Insane asylums in Bengal annual reports 1867-1875 - 1867-1875
Year: 1867
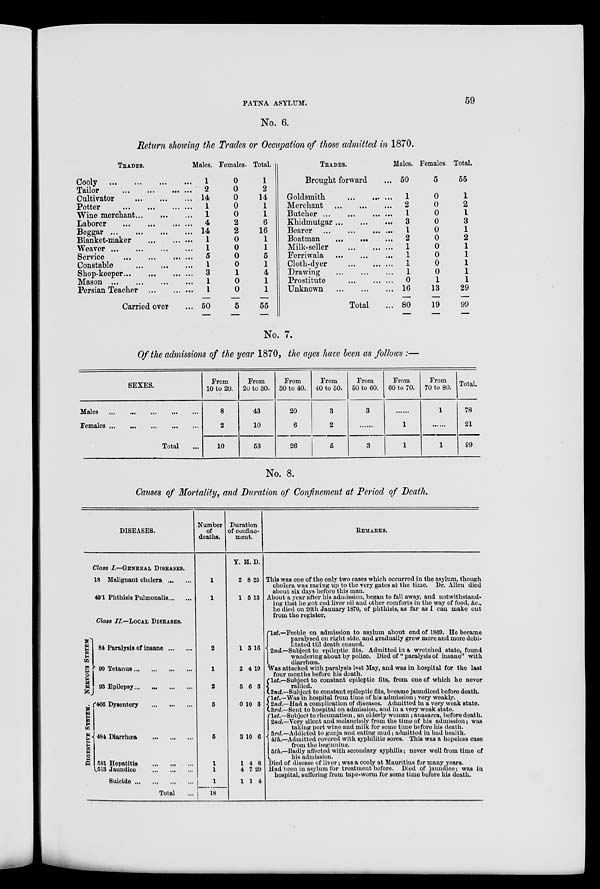
PATNA ASYLUM.
59
No. 6.
Return showing the Trades or Occupation of those admitted in 1870.
TRADES.
Cooly ... ... ... ...
Tailor ... ... ... ...
Cultivator ... ... ...
Potter ... ... ... ...
Wine merchant ... ... ...
Laborer ... ... ... ...
Beggar ... ... ... ...
Blanket-maker ... ... ...
Weaver ... ... ... ...
Service ... ... ... ...
Constable ... ... ... ...
Shop-keeper ... ... ... ...
Mason ... ... ... ...
Persian Teacher ... ... ...
Carried over ...
Males.
1
2
14
1
1
4
14
1
1
5
1
3
1
1
50
Females.
0
0
0
0
0
2
2
0
0
0
0
1
0
0
5
Total.
1
2
14
1
1
6
16
1
1
5
1
4
1
1
55
TRADES.
Brought forward ...
Goldsmith ... ... ...
Merchant ... ... ...
Butcher ... ... ... ...
Khidmutgar ... ... ...
Bearer ... ... ... ...
Boatman ... ... ...
Milk-seller ... ... ...
Ferriwala ... ... ...
Cloth-dyer ... ... ...
Drawing ... ... ...
Prostitute ... ... ...
Unknown ... ... ...
Total ...
Males.
50
1
2
1
3
1
2
1
1
1
1
0
16
80
Females.
5
0
0
0
0
0
0
0
0
0
0
1
13
19
Total.
55
1
2
1
3
1
2
1
1
1
1
1
29
99
No. 7.
Of the admissions of the year 1870, the ages have been as follows :—
SEXES.
Males
...
...
...
...
...
Females
...
...
...
...
...
Total ...
From
10 to 20.
8
2
10
From
20 to 30.
43
10
53
From
30 to 40.
20
6
26
From
40 to 50.
3
2
5
From
50 to 60.
3
......
3
From
60 to 70.
......
1
1
From
70 to 80.
1
......
1
Total.
78
21
99
No. 8.
Causes of Mortality, and Duration of Confinement at Period of Death.
DISEASES.
Class I.—GENERAL DISEASES.
18 Malignant cholera ... ...
49.1 Phthisis Pulmonalis ... ...
Class II—LOCAL DISEASES.
NERVOUS SYSTEM
DIGESTIVE
SYSTEM.
84 Paralysis of insane ... ...
90 Tetanus ... ... ... ...
93 Epilepsy...
...
...
...
466 Dysentery
...
...
...
484 Diarrhœa
...
...
...
501 Hepatitis
...
...
...
513 Jaundice
...
...
...
Suicide ... ... ... ...
Total ...
Number
of
deaths.
1
1
2
1
2
3
5
1
1
1
18
Duration
of confine-
ment.
Y.
2
1
1
2
5
0
3
1
4
1
M.
8
5
3
4
6
10
10
4
7
1
D.
25
13
16
19
3
3
6
8
29
4
REMARKS.
This was one of the only two cases which occurred in the asylum, though
cholera was raging up to the very gates at the time. Dr. Allen died
about six days before this man.
About a year after his admission, began to fall away, and notwithstand-
ing that he got cod liver oil and other comforts in the way of food, &c.,
he died on 26th January 1870, of phthisis, as far as I can make out
from the register.
1st.—Feeble on admission to asylum about end of 1869. He became
paralysed on right side, and gradually grew more and more debi-
litated till death ensued.
2nd.—Subject to epileptic fits. Admitted in a wretched state, found
wandering about by police. Died of " paralysis of insane" with
diarrhœa.
Was attacked with paralysis last May, and was in hospital for the last
four months before his death.
1st.—Subject to constant epileptic fits, from one of which he never
rallied.
2nd.—Subject to constant epileptic fits, became jaundiced before death.
1st.—Was in hospital from time of his admission; very weakly.
2nd.—Had a complication of diseases. Admitted in a very weak state.
3rd.—Sent to hospital on admission, and in a very weak state.
1st—Subject to rheumatism, an elderly woman; anasarca, before death.
2nd.—Very silent and melancholy from the time of his admission; was
taking port wine and milk for some time before his death.
3rd.—Addicted to gunja and eating mud ; admitted in bad health.
4 th.—Admitted covered with syphilitic sores. This was a hopeless case
from the beginnintg.
5th.—Badly affected with secondary syphilis; never well from time of
his admission.
Died of disease of liver; was a cooly at Mauritius for many years.
Had been in asylum for treatment before. Died of jaundice; was in
hospital, suffering from tape-worm for some time before his death.